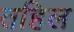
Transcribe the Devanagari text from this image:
तहिल